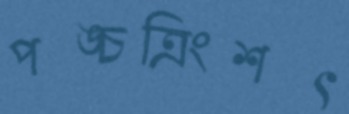
পঙ্চত্রিংশৎ